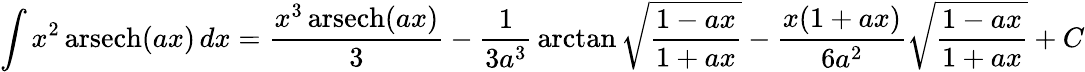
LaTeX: \int x^{2}\operatorname{arsech}(ax)\, dx={\frac{x^{3}\operatorname{arsech}(ax)}{3}}-{\frac{1}{3a^{3}}}\arctan{\sqrt{\frac{1-ax}{1+ax}}}-{\frac{x(1+ax)}{6a^{2}}}{\sqrt{\frac{1-ax}{1+ax}}}+C